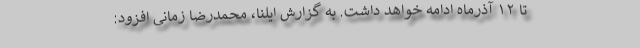
تا ۱۲ آذرماه ادامه خواهد داشت. به گزارش ایلنا، محمدرضا زمانی افزود: